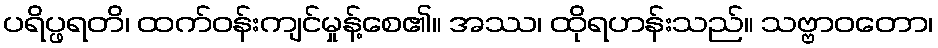
ပရိပ္ဖရတိ၊ ထက်ဝန်းကျင်မှုန့်စေ၏။ အဿ၊ ထိုရဟန်းသည်။ သဗ္ဗာဝတော၊